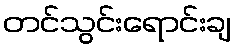
တင်သွင်းရောင်းချ